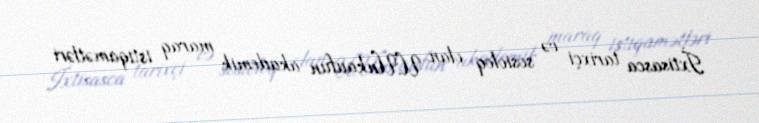
İxtisasca tarixçi və sosioloq olan U.Unkaufun akademik maraq istiqamətləri